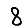
Digit: 8